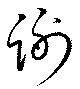
謝